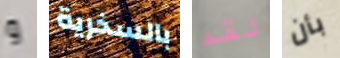
و بالسخرية لقد بأن